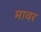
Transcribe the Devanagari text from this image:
मावर